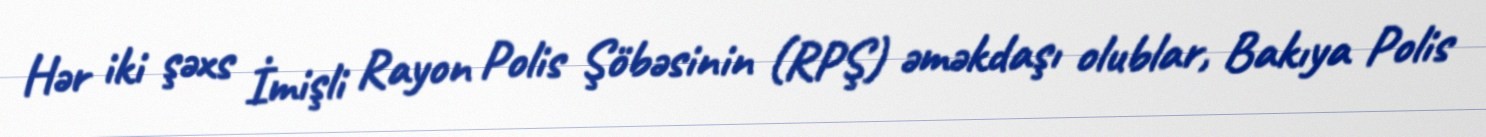
Hər iki şəxs İmişli Rayon Polis Şöbəsinin (RPŞ) əməkdaşı olublar, Bakıya Polis